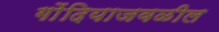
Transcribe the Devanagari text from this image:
गोंदियाजवळील